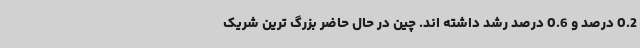
0.2 درصد و 0.6 درصد رشد داشته اند. چین در حال حاضر بزرگ ترین شریک